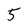
Character: 5